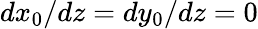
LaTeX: dx_{0}/dz=dy_{0}/dz=0